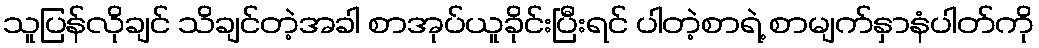
သူပြန်လိုချင် သိချင်တဲ့အခါ စာအုပ်ယူခိုင်းပြီးရင် ပါတဲ့စာရဲ့ စာမျက်နှာနံပါတ်ကို